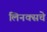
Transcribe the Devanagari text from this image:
लिनक्सचे